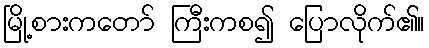
မြို့စားကတော် ကြီးကစ၍ ပြောလိုက်၏။